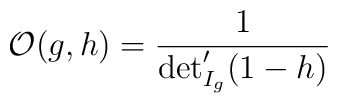
{\cal O}(g,h) = \frac{1}{\det'_{I_g} (1-h)}